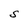
Character: S